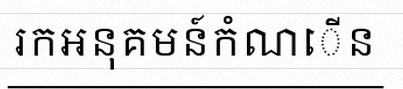
រកអនុគមន៍កំណើន